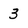
Character: 3